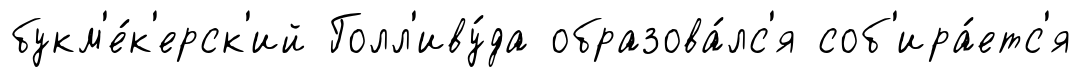
букм'е́к'ерск'ий Голл'иву́да образова́лс'я соб'ира́етс'я